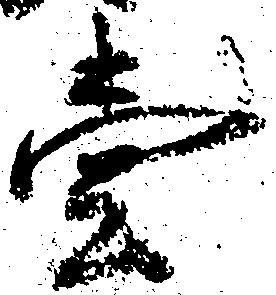
壱